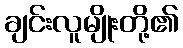
ချင်းလူမျိုးတို့၏